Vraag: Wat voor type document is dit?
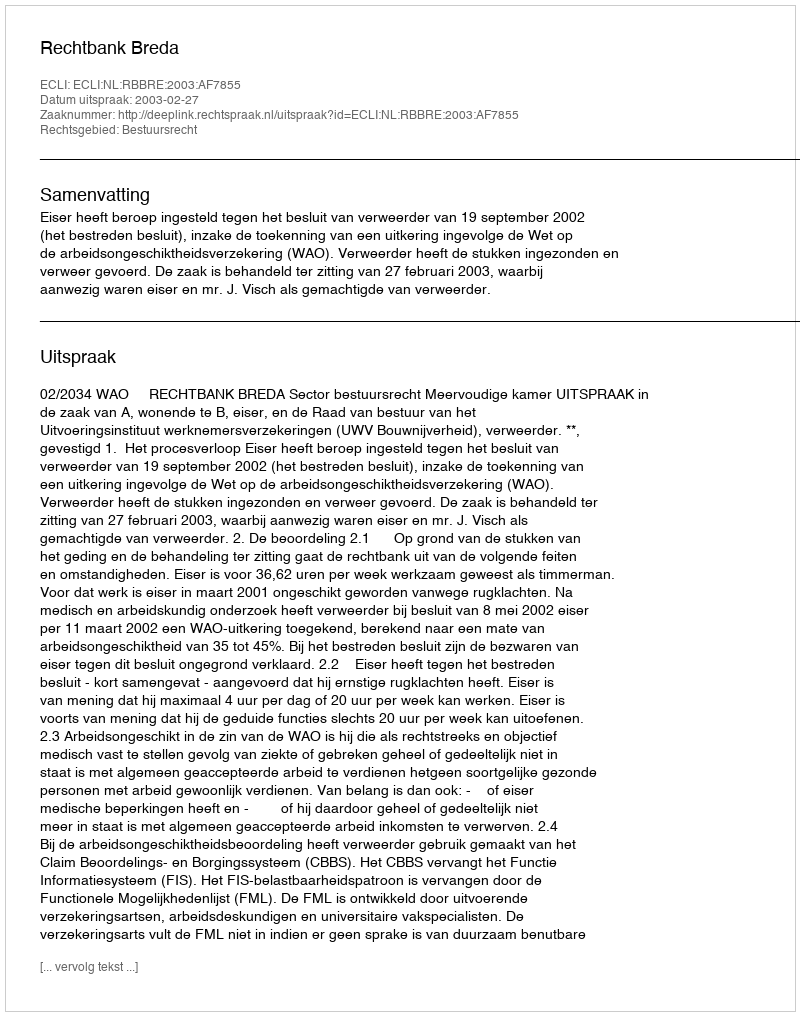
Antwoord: Uitspraak